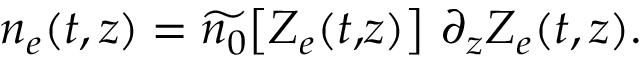
\begin{array} { r } { n _ { e } ( t , z ) = \widetilde { n _ { 0 } } \! \left[ Z _ { e } ( t , \! z ) \right] \, \partial _ { z } Z _ { e } ( t , z ) . } \end{array}